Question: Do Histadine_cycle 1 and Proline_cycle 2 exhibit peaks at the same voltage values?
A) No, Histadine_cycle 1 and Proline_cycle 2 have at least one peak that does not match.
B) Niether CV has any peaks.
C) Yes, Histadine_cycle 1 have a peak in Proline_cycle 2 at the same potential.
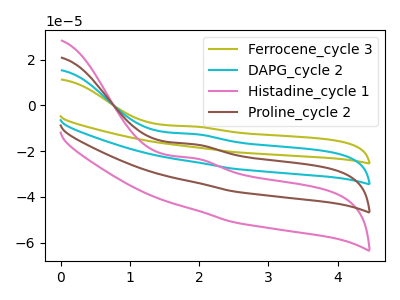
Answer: <think>The olive curve "Ferrocene_cycle 3" has an anodic peak at: (1.95V, -51.05uA). The cyan curve "DAPG_cycle 2" has an anodic peak at: (1.95V, -34.05uA). The pink curve "Histadine_cycle 1" has an anodic peak at: (1.95V, -23.10uA). The brown curve "Proline_cycle 2" has an anodic peak at: (1.95V, -17.00uA).</think>
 <answer>C) Yes, "Histadine_cycle 1" have a peak in "Proline_cycle 2" at the same potential.</answer>
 <eval>C</eval>